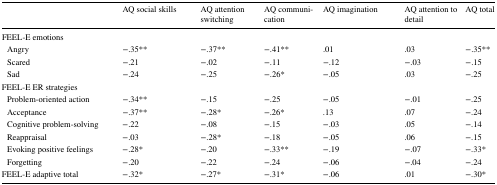
|  | AQ social skills | AQ attention switching | AQ communication | AQ imagination | AQ attention to detail | AQ total |
 | --- | --- | --- | --- | --- | --- | --- |
 | <COLSPAN=7> FEEL-E emotions |
 | Angry | −.35** | −.37** | −.41** | .01 | .03 | −.35** |
 | Scared | −.21 | −.02 | −.11 | −.12 | −.03 | −.15 |
 | Sad | −.24 | −.25 | −.26* | −.05 | .03 | −.25 |
 | <COLSPAN=7> FEEL-E ER strategies |
 | Problem-oriented action | −.34** | −.15 | −.25 | −.05 | −.01 | −.25 |
 | Acceptance | −.37** | −.28* | −.26* | .13 | .07 | −.24 |
 | Cognitive problem-solving | −.22 | −.08 | −.15 | −.03 | .05 | −.14 |
 | Reappraisal | −.03 | −.28* | −.18 | −.05 | .06 | −.15 |
 | Evoking positive feelings | −.28* | −.20 | −.33** | −.19 | −.07 | −.33* |
 | Forgetting | −.20 | −.22 | −.24 | −.06 | −.04 | −.24 |
 | FEEL-E adaptive total | −.32* | −.27* | −.31* | −.06 | .01 | −.30* |